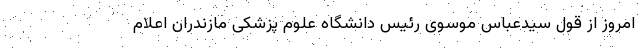
امروز از قول سیدعباس موسوی رئیس دانشگاه علوم پزشکی مازندران اعلام